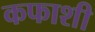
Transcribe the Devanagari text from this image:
कफाशी